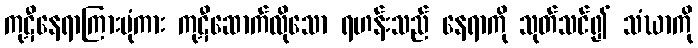
ကုဋီနေရာကြားပုံကား ကုဋီဆောက်လိုသော ရဟန်းသည် နေရာကို သုတ်သင်၍ သံဃာကို